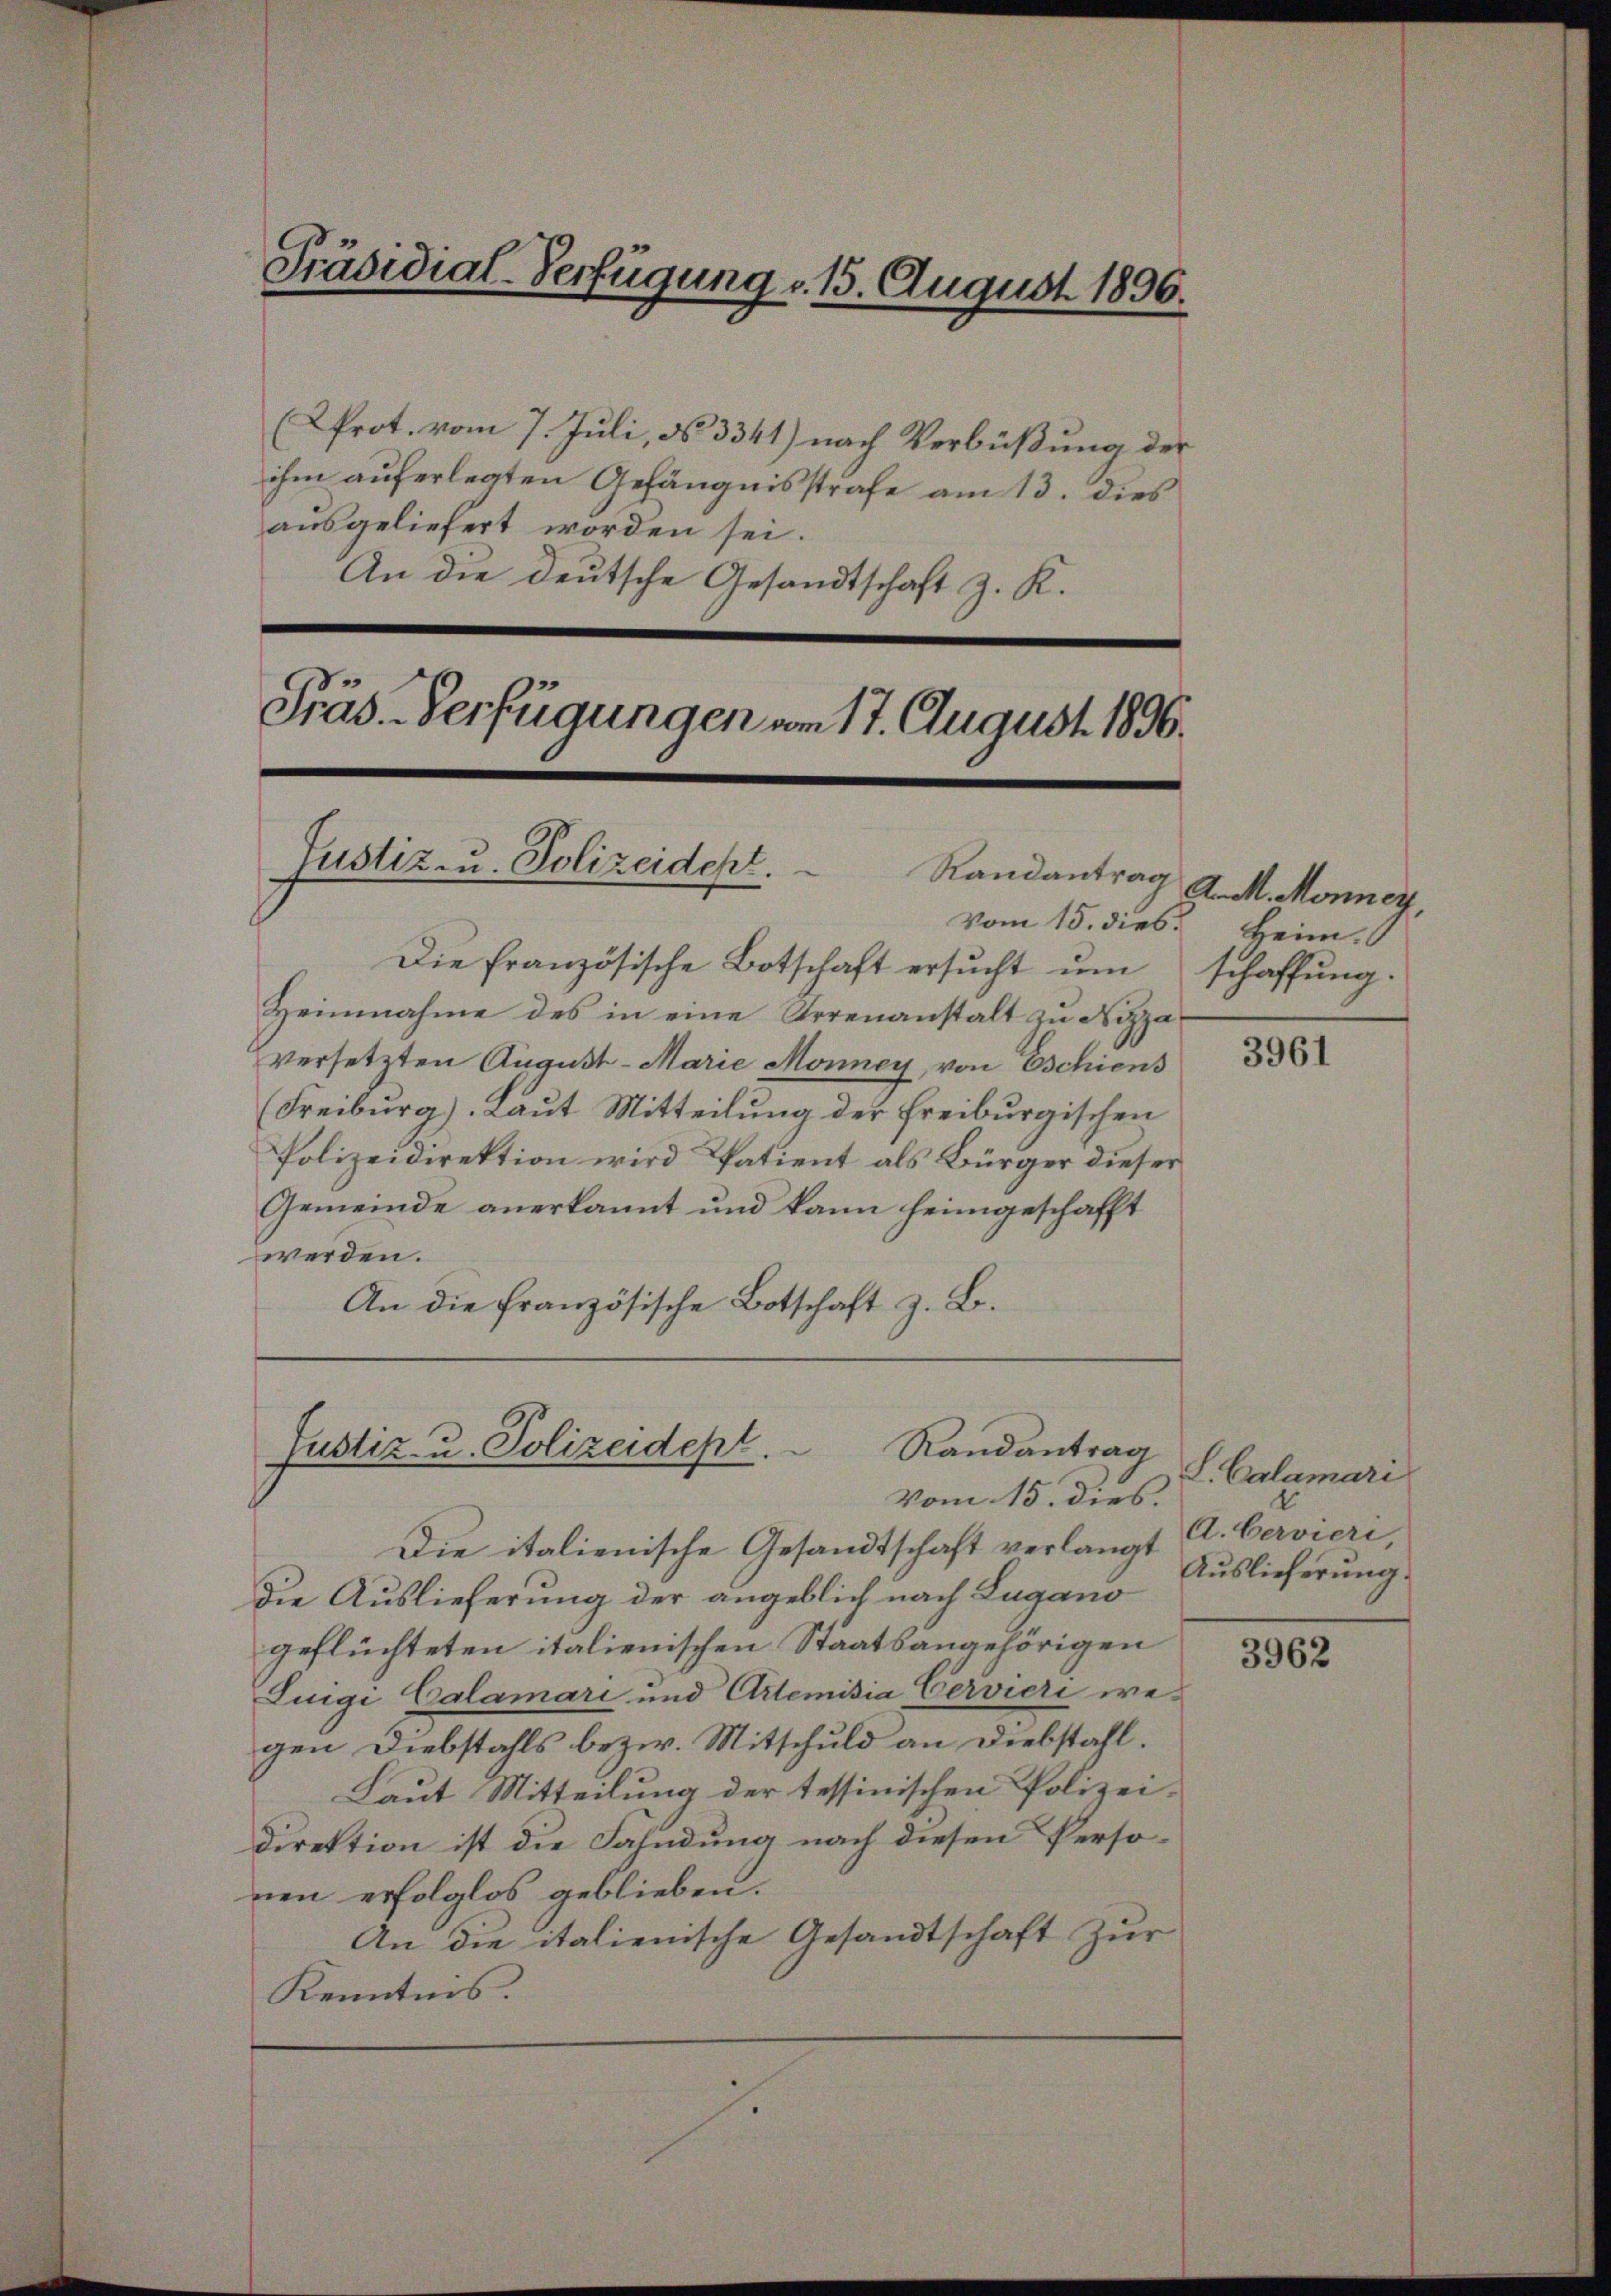
(rot. vom 7. Juli, No. 3341) nach Verbüßung der
ihm auferlegten Gefängnisstrafe am 13. dies
ausgeliefert worden sei.
An die deutsche Gesandtschaft z. K.

Präsidial-Verfügung d. 15. August 1896.

Präs. Verfügungen am 17. August 1896.
Justiz u. Polizeidept.
Randantrag

vom 15. dies Heim.
Die französische Botschaft ersŭcht ŭm schaffung.
Heinnahme des in eine Arrenanstalt zu Nizza
versetzten August- Marie Monney, von Eschiens
(Freiburg). Laut Mitteilung der Freiburgischen
Polizeidirektion wird Patient als Bürger dieser
Gemeinde anerkannt und kann heimgeschafft
werden.
An die französische Botschaft z. B.

Randantrag
Justiz- u. Polizeidept.

Vom 15. dies
Die italienische Gesandtschaft verlangt
die Auslieferung der angeblich nach Lugano
geflüchteten italienischen Staatsangehörigen
Luigi Calamari und Arlemisia Cervieri wegen Diebstahls bezw. Mitschuld an Diebstahl.
Laut Mitteilung der tessinischen Polizei-
direktion ist die Fahndung nach diesen Personen erfolglos geblieben.
An die italienische Gesandtschaft zur
Kenntnis.

Z. M. Monner

3961

L. Calamari
d
A.berviere
Auslieferung.

3962